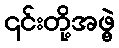
၎င်းတို့အဖွဲ့